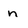
Character: n